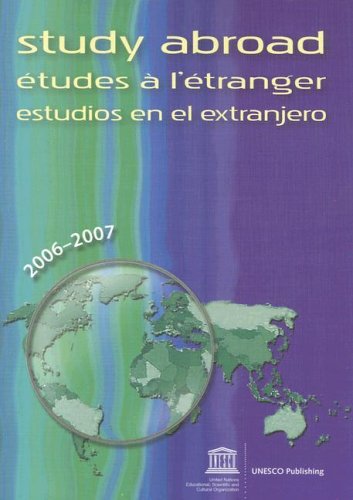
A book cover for Study Abroad: Etudes A L'Etranger/Estudios En El Extranjero (Study Abroad (UNESCO)); UNESCO; Travel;